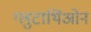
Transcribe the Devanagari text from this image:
ग्लुटाथिओन